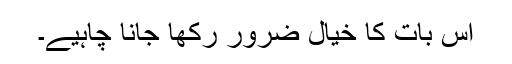
اس بات کا خیال ضرور رکھا جانا چاہیے۔